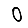
Digit: 0